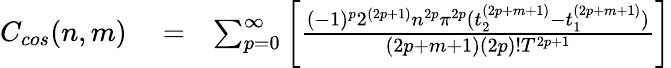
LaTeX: \begin{array}{rlr}{C_{cos}(n,m)}&{{}=}&{\sum_{p=0}^{\infty}\bigg[\frac{(-1)^{p}2^{(2p+1)}n^{2p}\pi^{2p}(t_{2}^{(2p+m+1)}-t_{1}^{(2p+m+1)})}{(2p+m+1)(2p)!T^{2p+1}}\bigg]}\end{array}